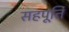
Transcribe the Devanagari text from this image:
सहपूर्ति